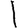
Digit: 1